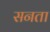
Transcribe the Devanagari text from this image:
सनता